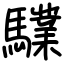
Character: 驜